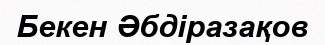
Бекен Әбдіразақов